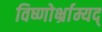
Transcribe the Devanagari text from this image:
विष्णोर्भ्राम्यद्